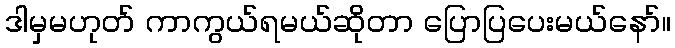
ဒါမှမဟုတ် ကာကွယ်ရမယ်ဆိုတာ ပြောပြပေးမယ်နော်။